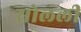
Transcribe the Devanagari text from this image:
सोलली